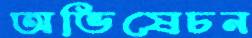
অভিষেচন